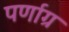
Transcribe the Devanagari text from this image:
पर्णाग्र